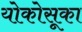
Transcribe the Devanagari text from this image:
योकोसूका